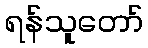
ရန်သူတော်